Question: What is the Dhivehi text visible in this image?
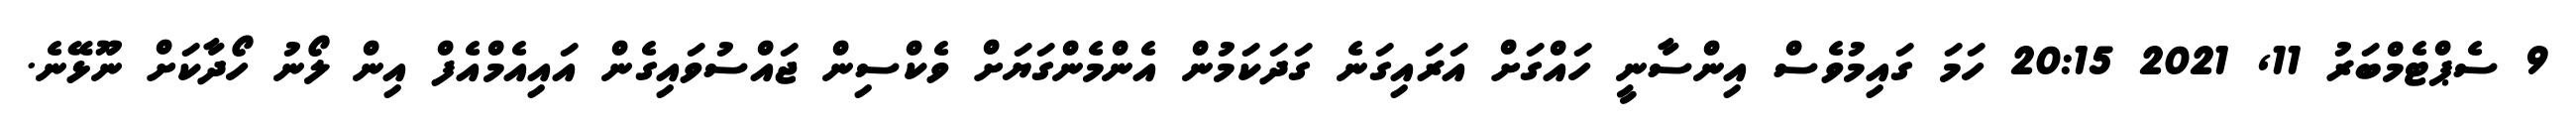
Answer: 9 ސެޕްޓެމްބަރު 11, 2021 20:15 ހަމަ ގައިމުވެސް އިންސާނީ ހައްގަށް އަރައިގަނެ ގަދަކަމުން އެންމެންގަޔަށް ވެކްސިން ޖައްސުވައިގެން އައިއެމްއެފް އިން ލޯނު ހޯދާކަށް ނޫޅޭނެ.